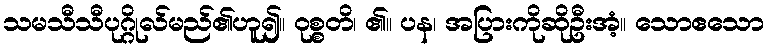
သမသီသီပုဂ္ဂိုလ်မည်၏ဟူ၍။ ဝုစ္စတိ၊ ၏။ ပန၊ အပြားကိုဆိုဦးအံ့။ သောဧသော